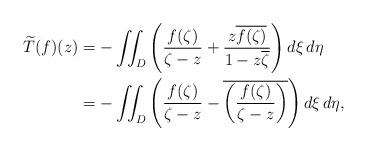
LaTeX: \begin{align*}\widetilde{T}(f)(z) &= -\iint_D \left( \frac{f(\zeta)}{\zeta - z} + \frac{ z\overline{f(\zeta)}}{1-z\overline{\zeta}}\right) d\xi \,d\eta \\&= -\iint_D \left( \frac{f(\zeta)}{\zeta - z} - \overline{\left(\frac{ f(\zeta)}{\zeta-z}\right)}\right) d\xi \,d\eta ,\end{align*}